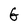
Character: G